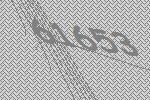
61653